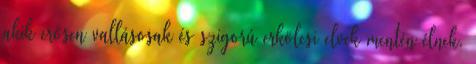
akik erősen vallásosak és szigorú erkölcsi elvek mentén élnek.